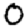
Digit: 0